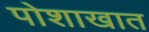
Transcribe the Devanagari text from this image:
पोशाखात